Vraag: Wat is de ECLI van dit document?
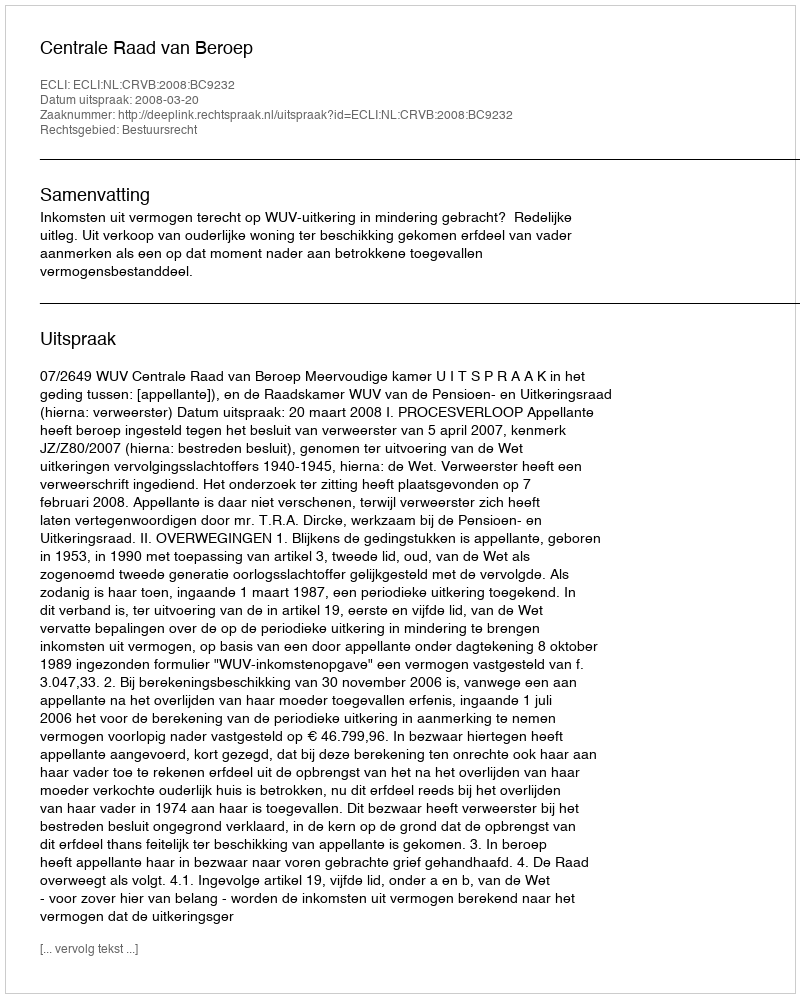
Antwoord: ECLI:NL:CRVB:2008:BC9232